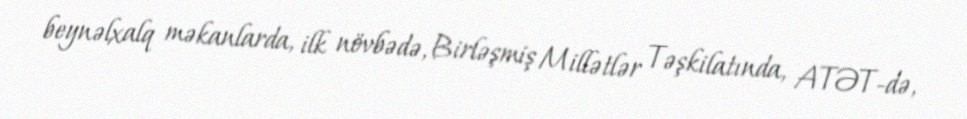
beynəlxalq məkanlarda, ilk növbədə, Birləşmiş Millətlər Təşkilatında, ATƏT-də,